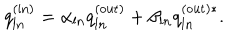
q _ { l n } ^ { \mathrm { ( i n ) } } = \alpha _ { l n } q _ { l n } ^ { \mathrm { ( o u t ) } } + \beta _ { l n } q _ { l n } ^ { \mathrm { ( o u t ) } * } .